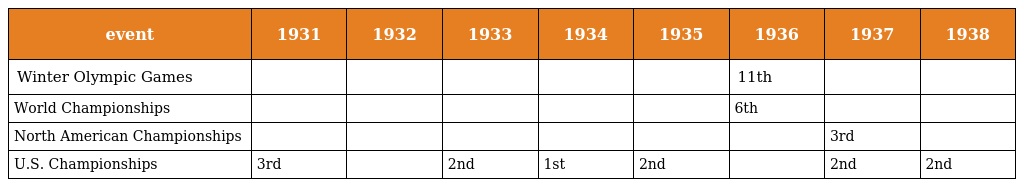
| event | 1931 | 1932 | 1933 | 1934 | 1935 | 1936 | 1937 | 1938 |
 | --- | --- | --- | --- | --- | --- | --- | --- | --- |
 | Winter Olympic Games |  |  |  |  |  | 11th |  |  |
 | World Championships |  |  |  |  |  | 6th |  |  |
 | North American Championships |  |  |  |  |  |  | 3rd |  |
 | U.S. Championships | 3rd |  | 2nd | 1st | 2nd |  | 2nd | 2nd |